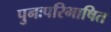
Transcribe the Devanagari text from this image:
पुनःपरिभाषित